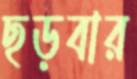
ছড়বার